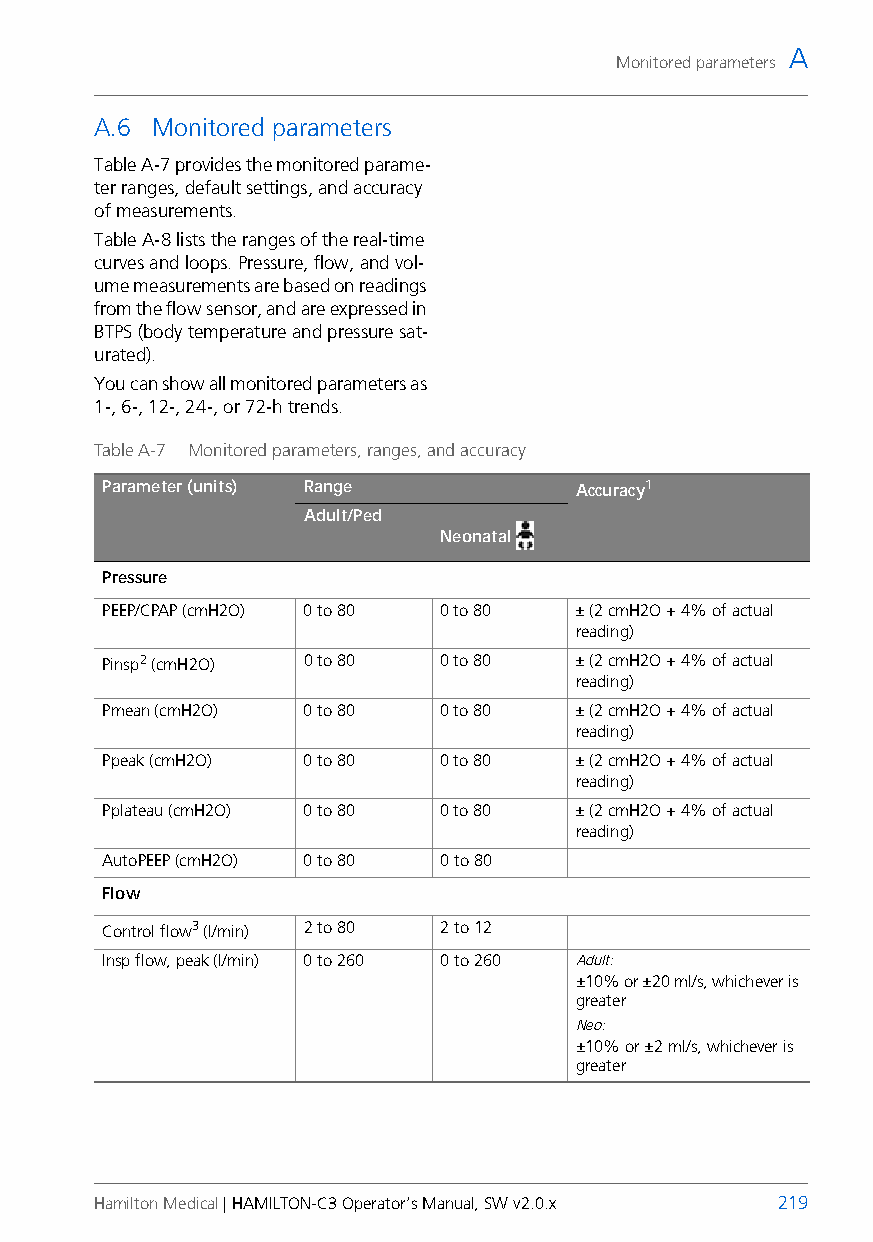
A
 Monitored parameters
 A.6 Monitored parameters
 Table A-7 provides the monitored parame-
 ter ranges, default settings, and accuracy
 of measurements.
 Table A-8 lists the ranges of the real-time
 curves and loops. Pressure, flow, and vol-
 ume measurements are based on readings
 from the flow sensor, and are expressed in
 BTPS (body temperature and pressure sat-
 urated).
 You can show all monitored parameters as
 1-, 6-, 12-, 24-, or 72-h trends.
 Table A-7 Monitored parameters, ranges, and accuracy
 Parameter (units) Range        Accuracy1
 Adult/Ped
 Neonatal
 Pressure
 PEEP/CPAP (cmH2O) 0 to 80 0 to 80 ± (2 cmH2O + 4% of actual
 reading)
 Pinsp2 (cmH2O) 0 to 80 0 to 80 ± (2 cmH2O + 4% of actual
 reading)
 Pmean (cmH2O) 0 to 80 0 to 80  ± (2 cmH2O + 4% of actual
 reading)
 Ppeak (cmH2O) 0 to 80 0 to 80  ± (2 cmH2O + 4% of actual
 reading)
 Pplateau (cmH2O) 0 to 80 0 to 80 ± (2 cmH2O + 4% of actual
 reading)
 AutoPEEP (cmH2O) 0 to 80 0 to 80
 Flow
 Control flow3 (l/min) 2 to 80 2 to 12
 Insp flow, peak (l/min) 0 to 260 0 to 260 Adult:
 ±10% or ±20 ml/s, whichever is
 greater
 Neo:
 ±10% or ±2 ml/s, whichever is
 greater
 Hamilton Medical | HAMILTON-C3 Operator’s Manual, SW v2.0.x 219